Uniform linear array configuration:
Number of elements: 4
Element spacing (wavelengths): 0.25
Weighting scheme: binomial
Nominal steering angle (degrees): -45
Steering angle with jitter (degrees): -44.308
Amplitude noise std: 0.05
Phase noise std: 0.05

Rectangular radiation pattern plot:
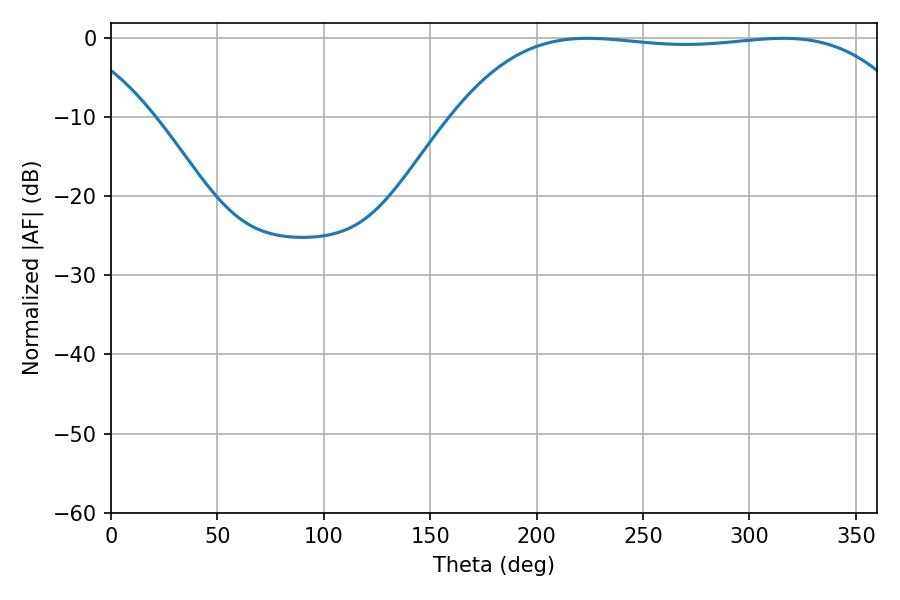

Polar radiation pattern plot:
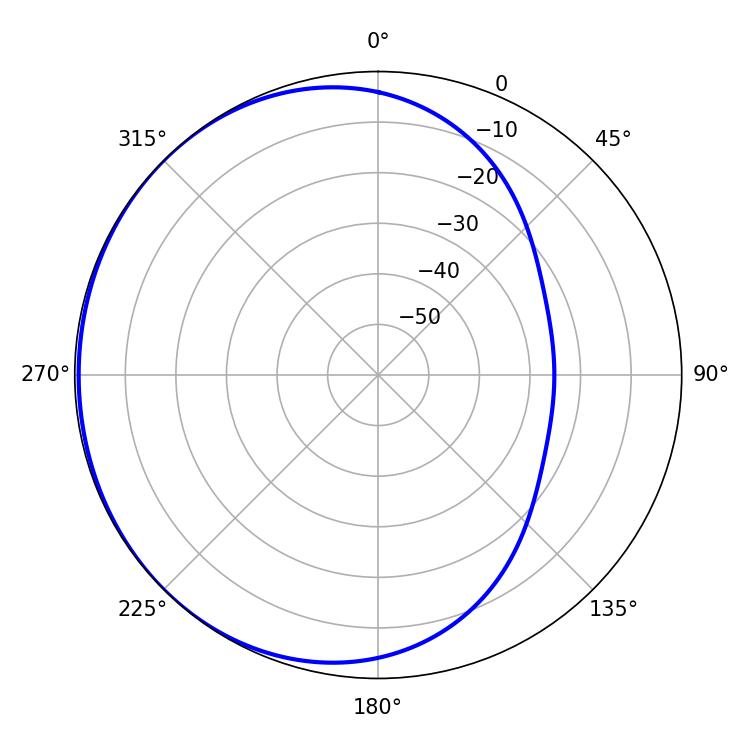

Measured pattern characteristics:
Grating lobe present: FALSE
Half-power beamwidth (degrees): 168.84
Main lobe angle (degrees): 224.1